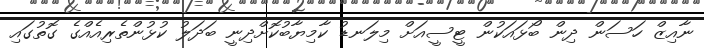
ނާއިޒް ހަސަން ދިން ބޯޅައަކުން ޓީސީއަށް މިލަނޑު ކާމިޔާބުކޮށްދިނީ ބަދަލު ކުޅުންތެރިއެއްގެ ގޮތުގައި